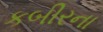
કબીરના